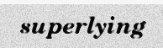
superlying